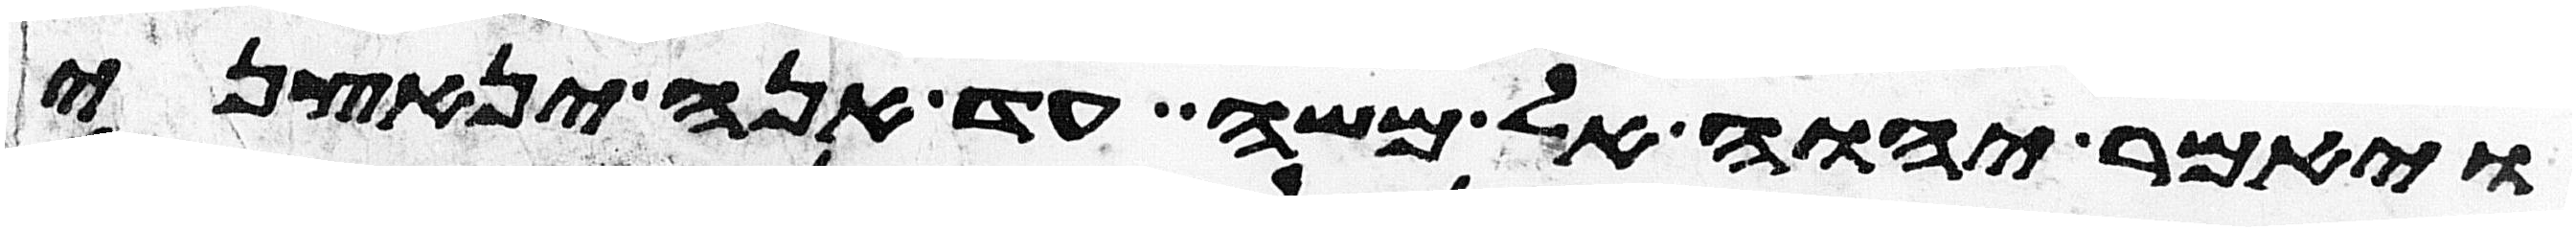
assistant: ויאמר יהוה אל משה עד אנה ינאצני